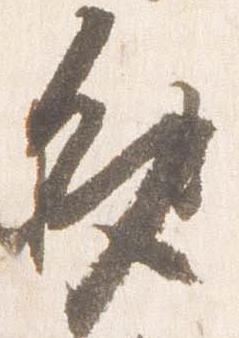
多